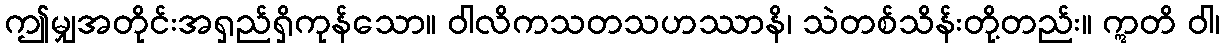
ဤမျှအတိုင်းအရှည်ရှိကုန်သော။ ဝါလိကသတသဟဿာနိ၊ သဲတစ်သိန်းတို့တည်း။ ဣတိ ဝါ၊